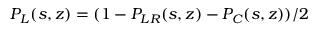
{ \cal P } _ { L } ( s , z ) = ( 1 - { \cal P } _ { L R } ( s , z ) - { \cal P } _ { C } ( s , z ) ) / 2